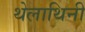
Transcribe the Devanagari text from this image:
थेलाथिनी